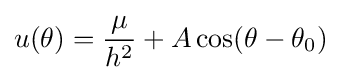
u(\theta )={\frac {\mu }{h^{2}}}+A\cos(\theta -\theta _{0})